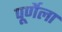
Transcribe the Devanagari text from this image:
पूर्णेला